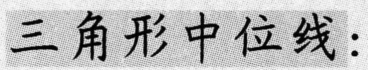
三角形中位线：